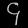
Digit: ၄